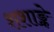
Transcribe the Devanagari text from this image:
शशाङ्के